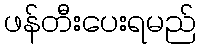
ဖန်တီးပေးရမည်